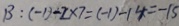
B : ( - 1 ) - 2 \times 7 = ( - 1 ) - 1 4 = - 1 5